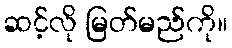
ဆင့်လို မြတ်မည်ကို။